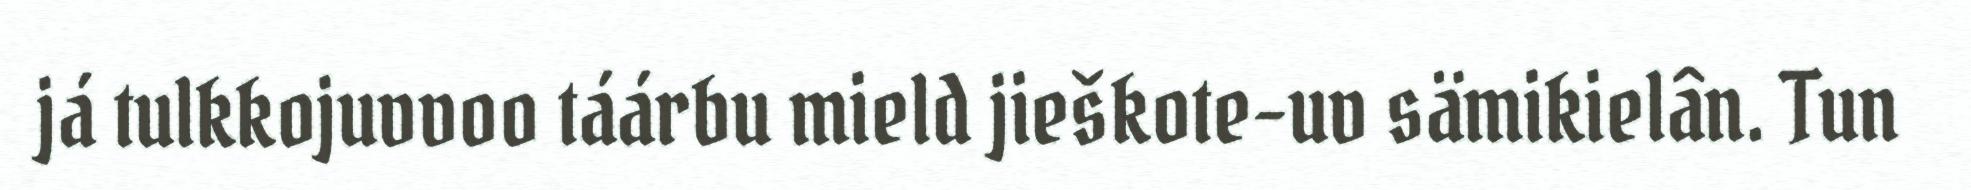
já tulkkojuvvoo táárbu mield jieškote-uv sämikielân. Tun